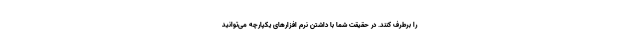
را برطرف کنند. در حقیقت شما با داشتن نرم افزارهای یکپارچه می‌توانید